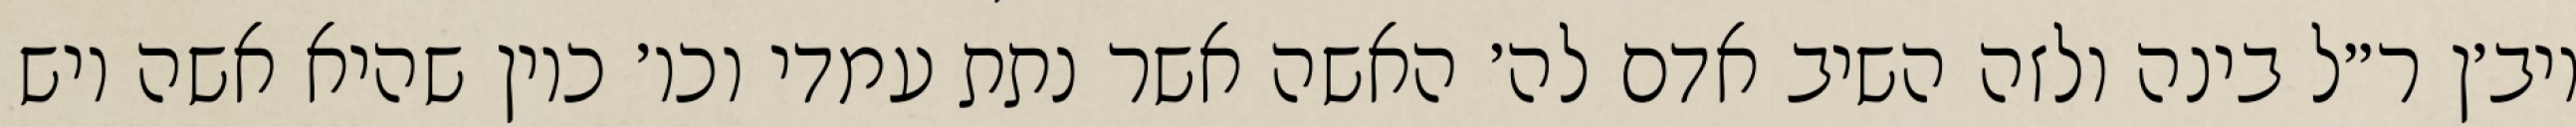
ויב׳ן ר״ל בינה ולזה השיב אדם לה׳ האשה אשר נתת עמדי וכו׳ כיון שהיא אשה ויש